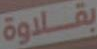
بقلاوة